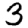
Digit: 3